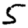
Digit: 5